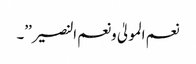
نعم المولیٰ ونعم النصیر’’۔